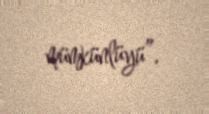
mümkünlüyü”.